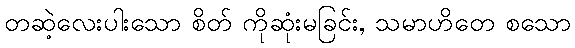
တဆဲ့လေးပါးသော စိတ် ကိုဆုံးမခြင်း, သမာဟိတေ စသော